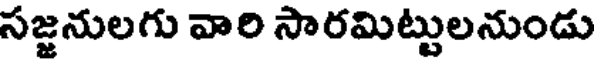
సజ్జనులగు వారి సారమిట్టులనుండు